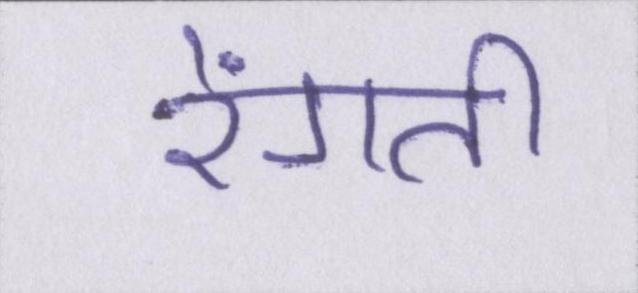
रेंगती